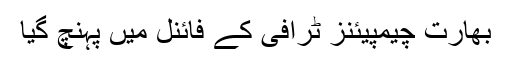
بھارت چیمپیئنز ٹرافی کے فائنل میں پہنچ گیا